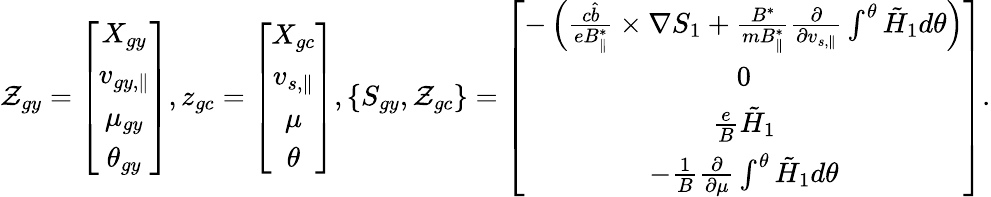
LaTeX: \mathcal{Z}_{gy}=\left[\begin{array}{c}{X_{gy}}\\ {v_{gy,\parallel}}\\ {\mu_{gy}}\\ {\theta_{gy}}\end{array}\right],z_{gc}=\left[\begin{array}{c}{X_{gc}}\\ {v_{s,\parallel}}\\ {\mu}\\ {\theta}\end{array}\right],\{ S_{gy},\mathcal{Z}_{gc}\} =\left[\begin{array}{c}{-\left(\frac{c\hat{b}}{eB_{\parallel}^{*}}\times\nabla S_{1}+\frac{B^{*}}{mB_{\parallel}^{*}}\frac{\partial}{\partial v_{s,\parallel}}\int^{\theta}\tilde{H}_{1}d\theta\right)}\\ {0}\\ {\frac{e}{B}\tilde{H}_{1}}\\ {-\frac{1}{B}\frac{\partial}{\partial\mu}\int^{\theta}\tilde{H}_{1}d\theta}\end{array}\right].